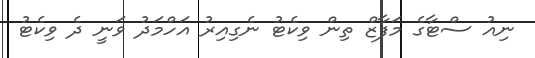
ނިއު ސްޓާގެ މަފާޒް ތިން ވިކެޓު ނެގިއިރު އަހްމަދު ވަނީ ދެ ވިކެޓު